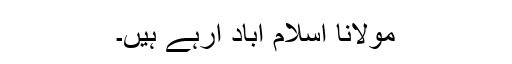
مولانا اسلام آباد آرہے ہیں۔